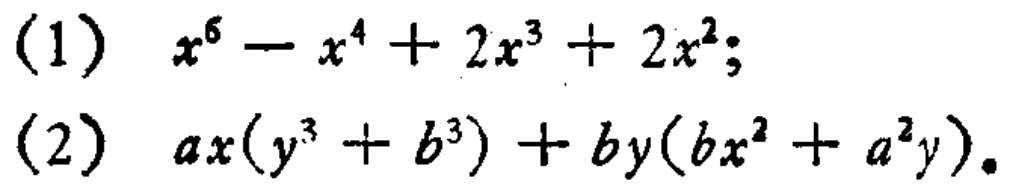
(1) \(x^{6}-x^{4}+2x^{3}+2x^{2}\);

(2) \(ax(y^{3}+b^{3})+by(bx^{2}+a^{2}y)\).